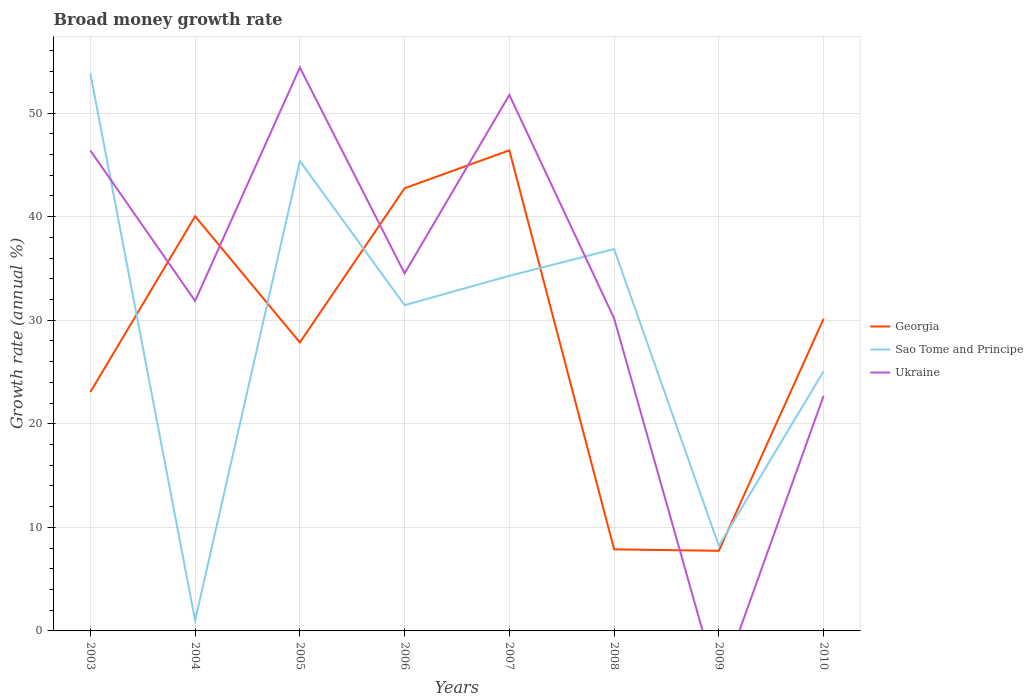
| Years | Georgia | Sao Tome and Principe | Ukraine |
 | --- | --- | --- | --- |
 | 2003 | 23.1 | 53.8 | 46.4 |
 | 2004 | 40 | 1.02 | 31.9 |
 | 2005 | 27.9 | 45.4 | 54.4 |
 | 2006 | 42.7 | 31.5 | 34.5 |
 | 2007 | 46.4 | 34.3 | 51.7 |
 | 2008 | 7.88 | 36.9 | 30.2 |
 | 2009 | 7.73 | 8.21 | -5.51 |
 | 2010 | 30.1 | 25.1 | 22.7 |